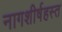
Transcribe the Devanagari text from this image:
नागशीर्षहस्त